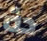
دة